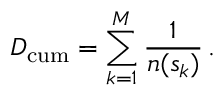
D _ { \mathrm { c u m } } = \sum _ { k = 1 } ^ { M } \frac { 1 } { n ( s _ { k } ) } \, .